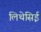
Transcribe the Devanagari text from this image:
लिथेसिई